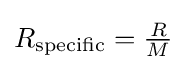
{\textstyle R_{\text{specific}}={\frac {R}{M}}}